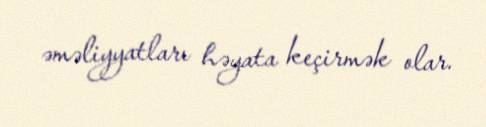
əməliyyatları həyata keçirmək olar.